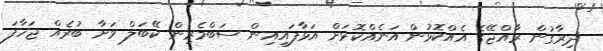
ދިރާގުން ރާއްޖޭގެ އެއްކޮޅުން އަނެއްކޮޅަށް އަޅާފައިއިން ސަބްމެރިން ކޭބަލް ވަށާ ބުރެއް ޖަހާފަ